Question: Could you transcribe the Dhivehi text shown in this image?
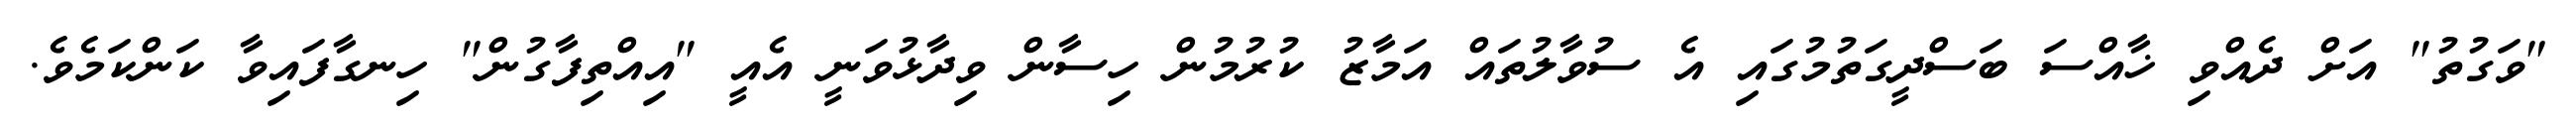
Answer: "ވަގުތު" އަށް ދެއްވި ޚާއްސަ ބަސްދީގަތުމުގައި އެ ސުވާލުތައް އަމާޒު ކުރުމުން ހިސާން ވިދާޅުވަނީ އެއީ "އިއްތިފާގުން" ހިނގާފައިވާ ކަންކަމެވެ.